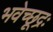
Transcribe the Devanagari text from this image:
भवेच्छूद्रः